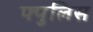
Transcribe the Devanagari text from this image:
फ्पुलिस